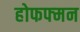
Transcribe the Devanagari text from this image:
होफफ्मन